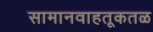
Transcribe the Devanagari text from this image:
सामानवाहतूकतळ